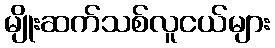
မျိုးဆက်သစ်လူငယ်များ